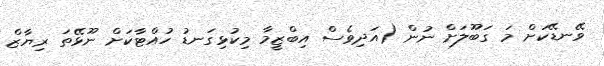
ވޭނޑޭކަށް މަ ގަބޫލަށް ނުން (އަދިވެސް އިބްޒީމާ މިކުޅިގަނޑު ހުއްޓާކަށް ނޫޅޭތަ ރިޔާޒް